65_HS1-834228961_62-HQ-83894_Section_5
Agency: FBI
Page 171
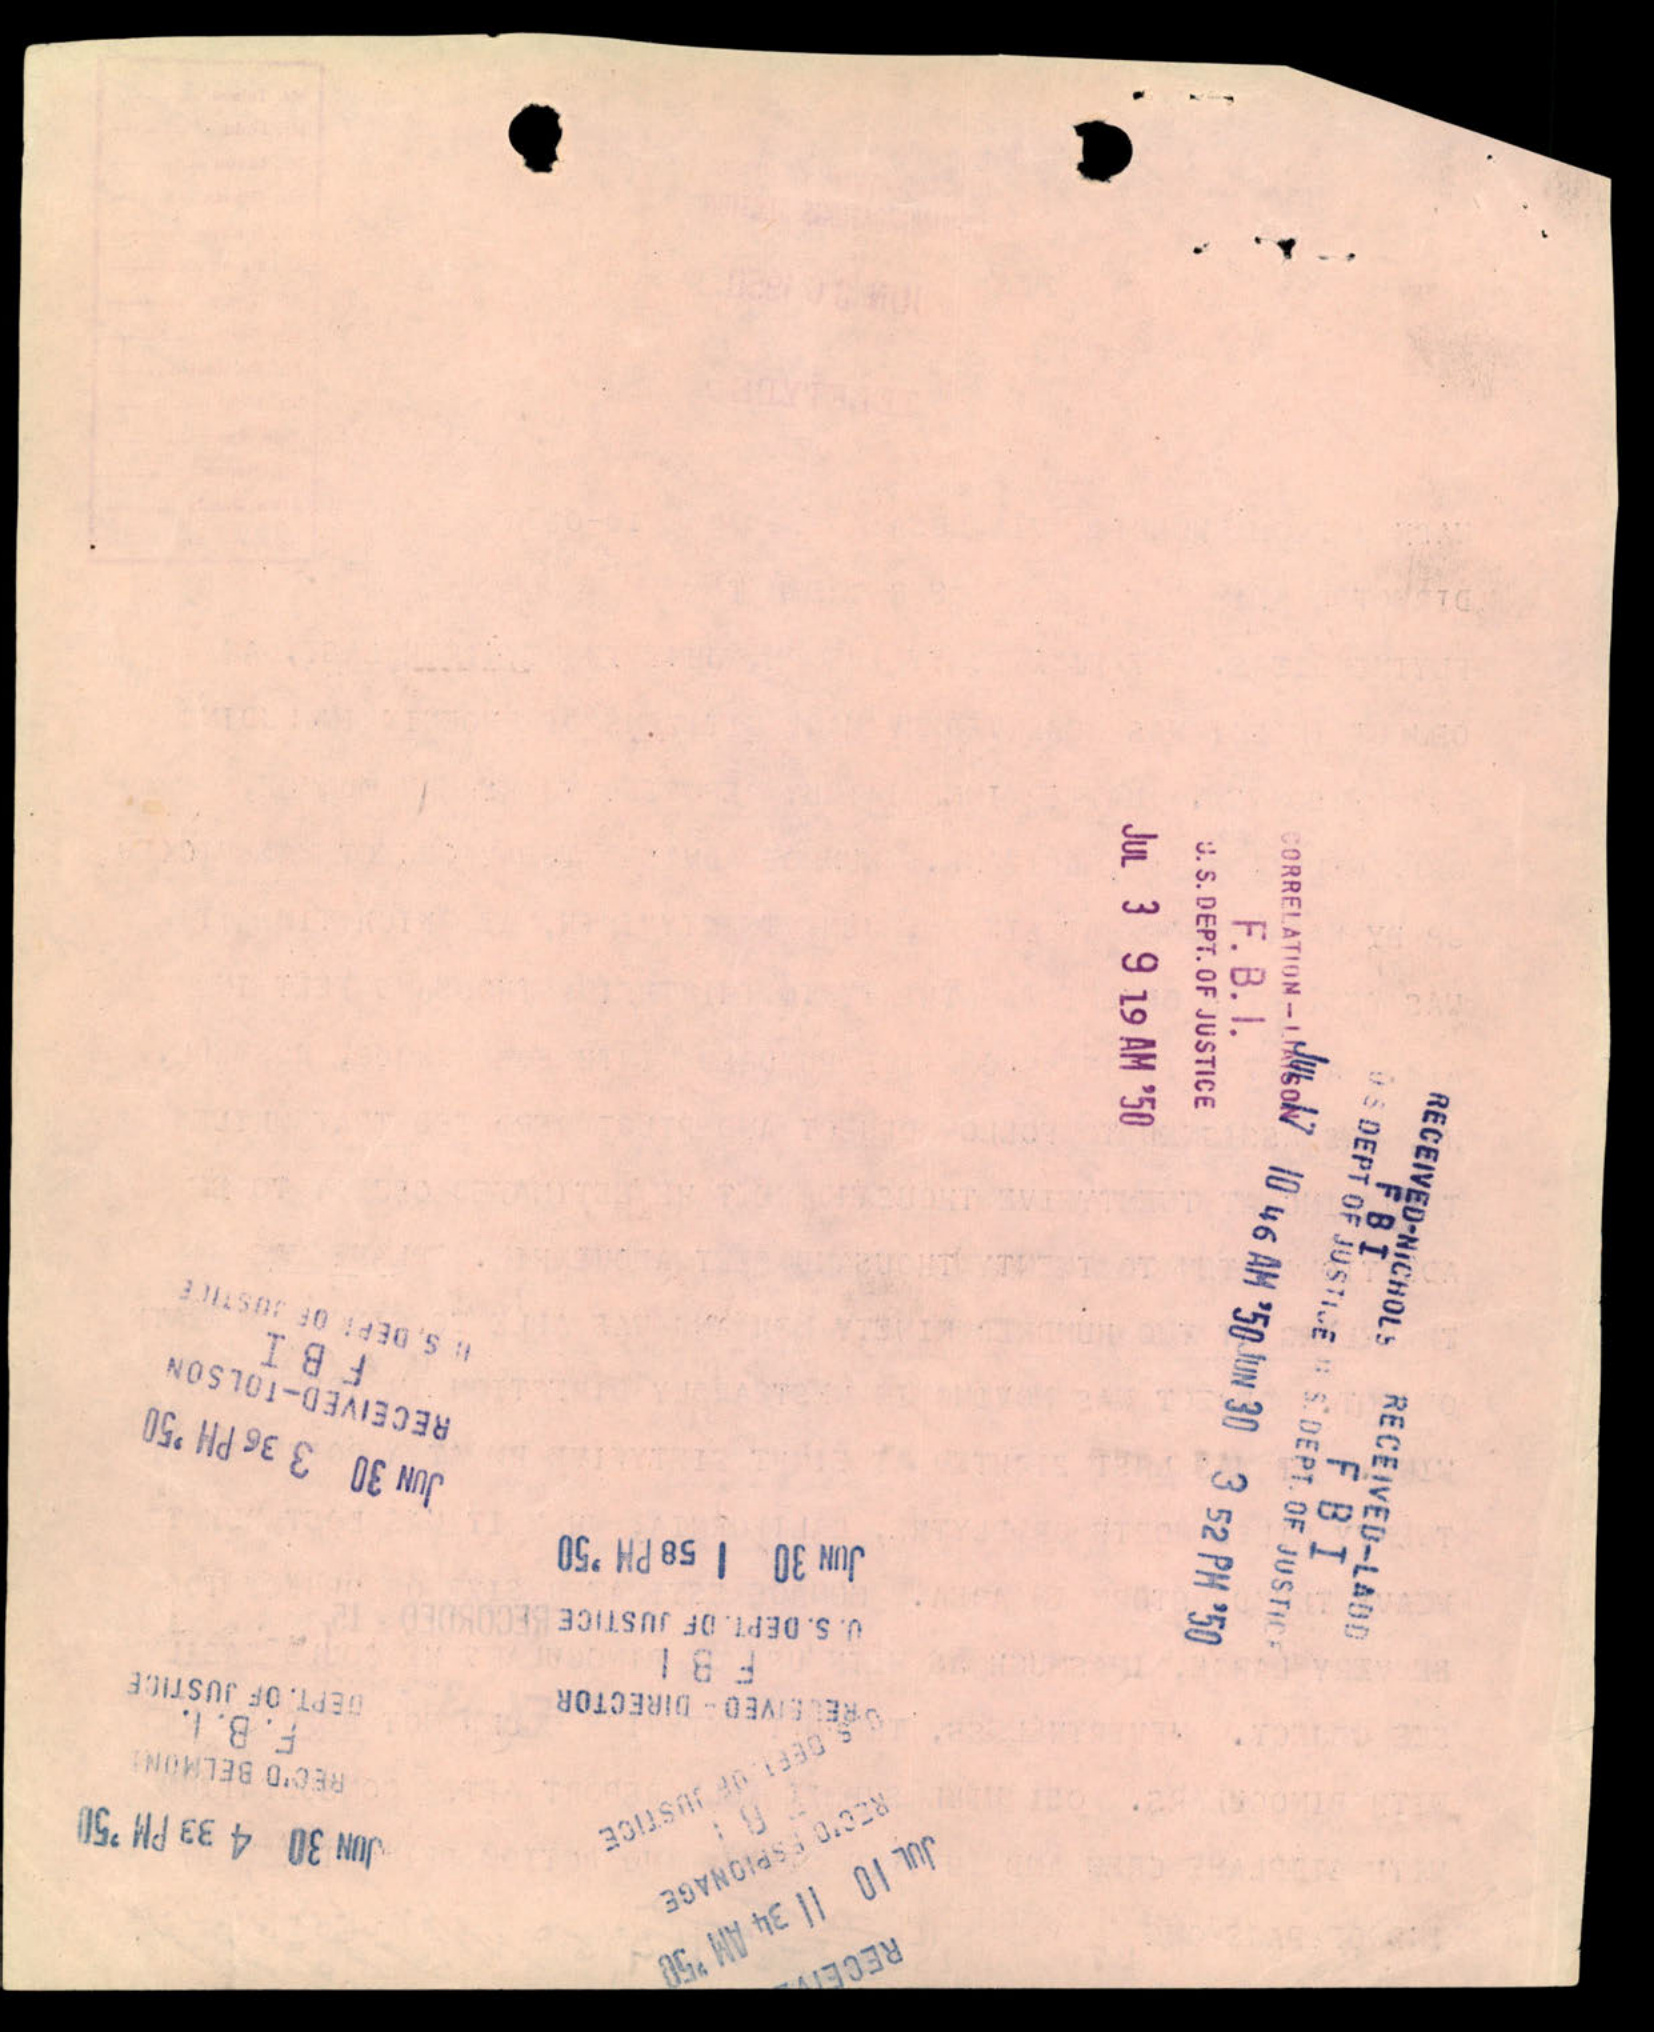